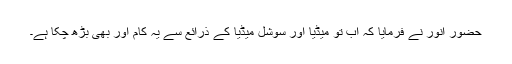
حضور انور نے فرمایا کہ اب تو میڈیا اور سوشل میڈیا کے ذرائع سے یہ کام اور بھی بڑھ چکا ہے۔